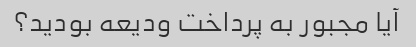
آیا مجبور به پرداخت ودیعه بودید؟